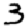
Digit: 3